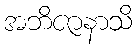
အဘိဇာနာသိ